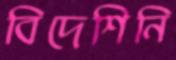
বিদেশিনি